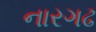
નારગઢ